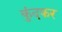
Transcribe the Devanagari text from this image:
कुंदकर